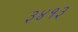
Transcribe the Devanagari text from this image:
३४१३